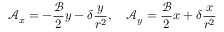
\mathcal { A } _ { x } = - \frac { \mathcal { B } } { 2 } y - \delta \frac { y } { r ^ { 2 } } , \quad \mathcal { A } _ { y } = \frac { \mathcal { B } } { 2 } x + \delta \frac { x } { r ^ { 2 } }